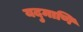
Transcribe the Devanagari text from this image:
यदुमाणि